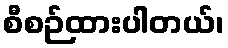
စီစဉ်ထားပါတယ်၊